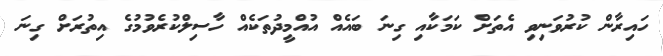
ހައިރާން ކުރުވަނިވި އެތަށް ކަމަކާއި ގިނަ ބައެއް އުއްމީދުތަކެއް ހާސިލްކުރެވުމުގެ އިތުރަށް ގިނަ